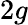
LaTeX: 2g